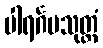
ပါရင်္ဂမသုတ္တံ